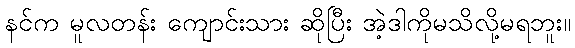
နင်က မူလတန်း ကျောင်းသား ဆိုပြီး အဲ့ဒါကိုမသိလို့မရဘူး။